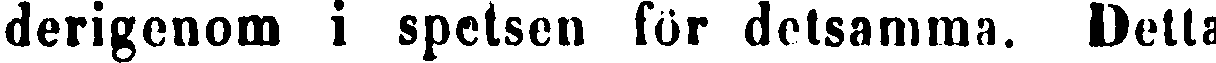
derigenom i spetsen för detsamma. Detta